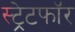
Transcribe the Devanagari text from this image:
स्ट्रेटफॉर